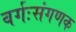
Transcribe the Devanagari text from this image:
वर्गःसंगणक